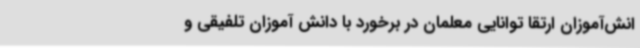
انش‌آموزان ارتقا توانایی معلمان در برخورد با دانش آموزان تلفیقی و